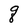
Character: q